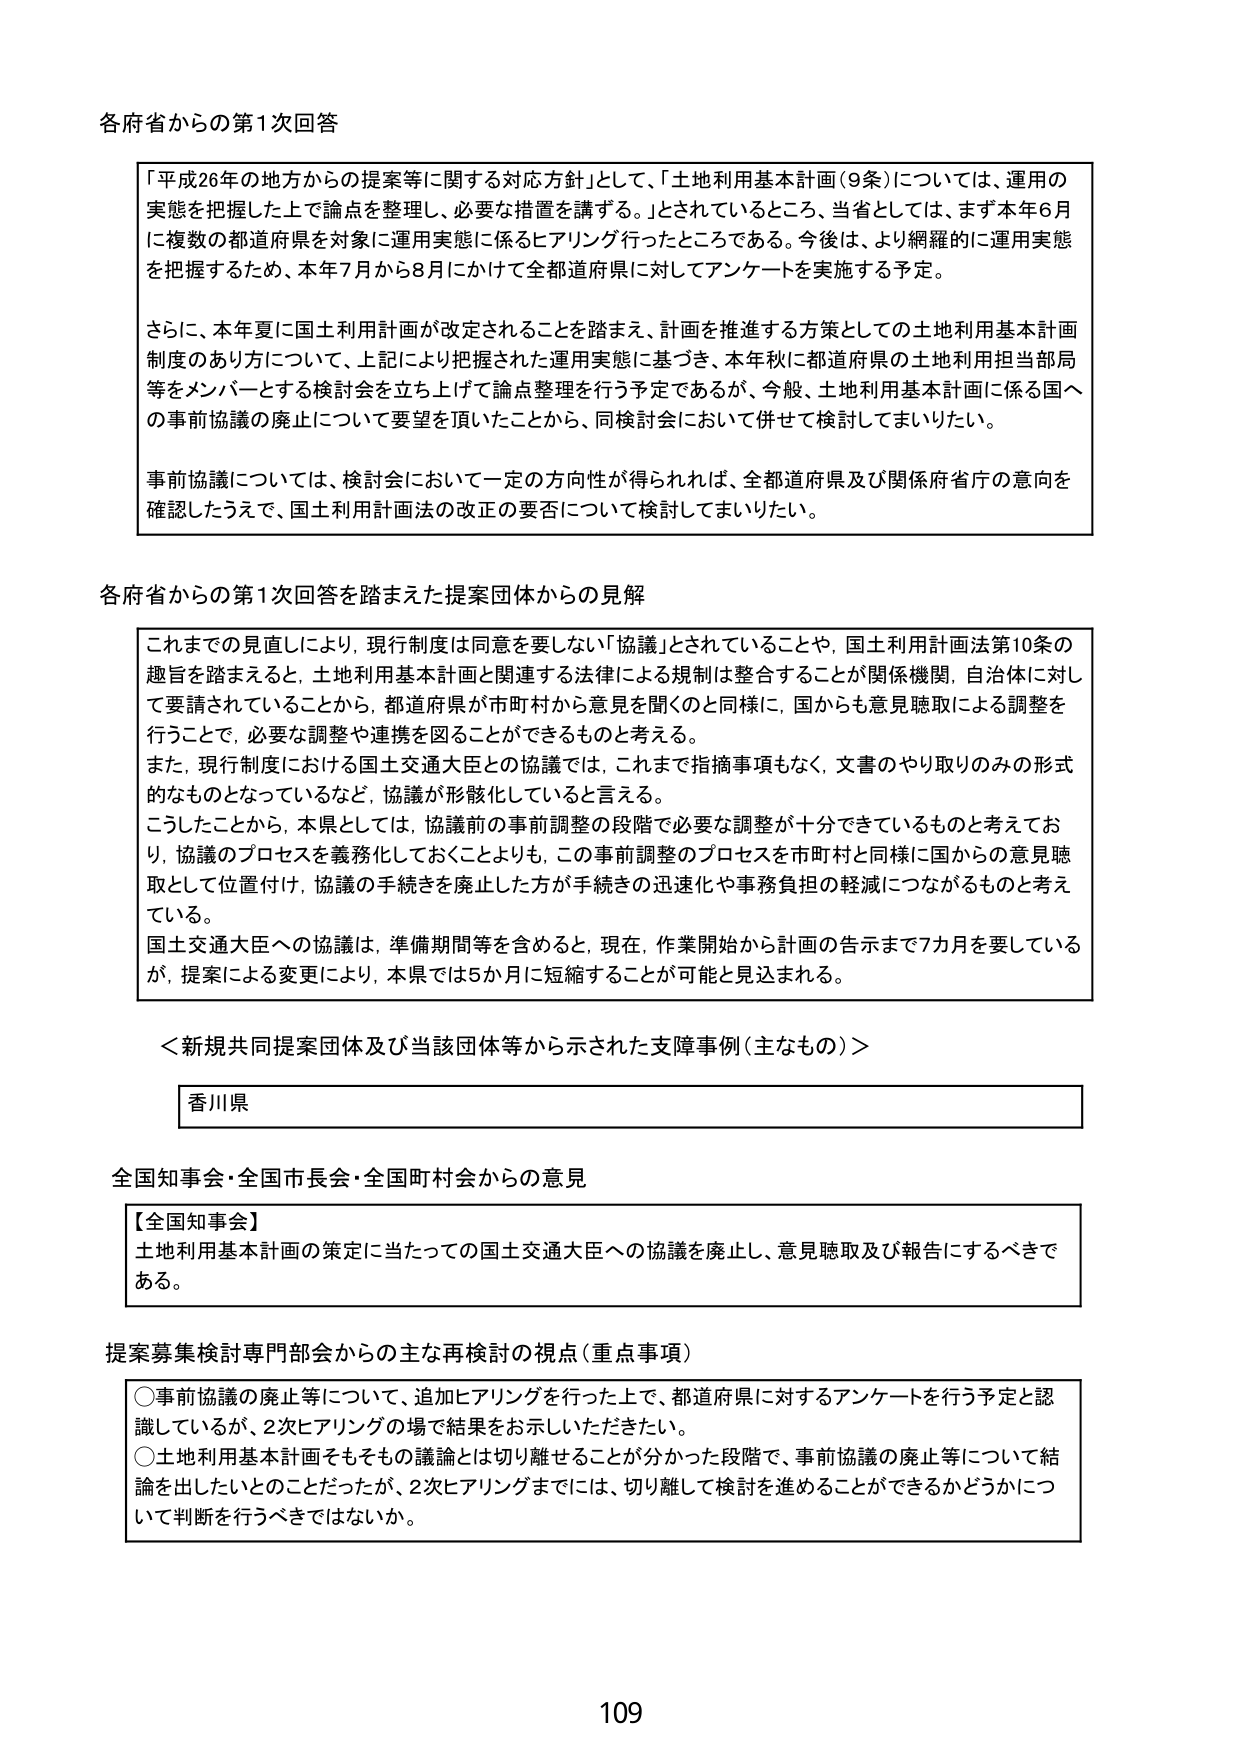
各府省からの第1次回答

「平成26年の地方からの提案等に関する対応方針」として、「土地利用基本計画（9条）については、運用の実態を把握した上で論点を整理し、必要な措置を講ずる。」とされているところ、当省としては、まず本年6月に複数の都道府県を対象に運用実態に係るヒアリングを行ったところである。今後は、より網羅的に運用実態を把握するため、本年7月から8月にかけて全都道府県に対してアンケートを実施する予定。

さらに、本年夏に国土利用計画が改定されることを踏まえ、計画を推進する方策としての土地利用基本計画制度のあり方について、上記により把握された運用実態に基づき、本年秋に都道府県の土地利用担当部局等をメンバーとする検討会を立ち上げて論点整理を行う予定であるが、今般、土地利用基本計画に係る国への事前協議の廃止について要望を頂いたことから、同検討会において併せて検討してまいりたい。

事前協議については、検討会において一定の方向性が得られれば、全都道府県及び関係府省庁の意向を確認したうえで、国土利用計画法の改正の要否について検討してまいりたい。

各府省からの第1次回答を踏まえた提案団体からの見解

これまでの見直しにより、現行制度は同意を要しない「協議」とされていることや、国土利用計画法第10条の趣旨を踏まえると、土地利用基本計画と関連する法律による規制は整合することが関係機関、自治体に対して要請されていることから、都道府県が市町村から意見を聞くのと同様に、国からも意見聴取による調整を行うことで、必要な調整や連携を図ることができるものと考える。

また、現行制度における国土交通大臣との協議では、これまで指摘事項もなく、文書のやり取りのみの形式的なものとなっているなど、協議が形骸化していると言える。

こうしたことから、本県としては、協議前の事前調整の段階で必要な調整が十分できているものと考えており、協議のプロセスを義務化しておくことよりも、この事前調整のプロセスを市町村と同様に国からの意見聴取として位置付け、協議の手続きを廃止した方が手続きの迅速化や事務負担の軽減につながるものと考えている。

国土交通大臣への協議は、準備期間等を含めると、現在、作業開始から計画の告示まで7か月を要しているが、提案による変更により、本県では5か月に短縮することが可能と見込まれる。

＜新規共同提案団体及び当該団体等から示された支援事例（主なもの）＞

香川県

全国知事会・全国市長会・全国町村会からの意見

【全国知事会】
土地利用基本計画の策定に当たっての国土交通大臣への協議を廃止し、意見聴取及び報告にするべきである。

提案募集検討専門部会からの主な再検討の視点（重点事項）

○事前協議の廃止等について、追加ヒアリングを行った上で、都道府県に対するアンケートを行う予定と認識しているが、2次ヒアリングの場で結果をお示しいただきたい。

○土地利用基本計画をもそももの議論とは切り離せることが分かった段階で、事前協議の廃止等について結論を出したいとのことだったが、2次ヒアリングまでには、切り離して検討を進めることができるかどうかについて判断を行うべきではないか。

109